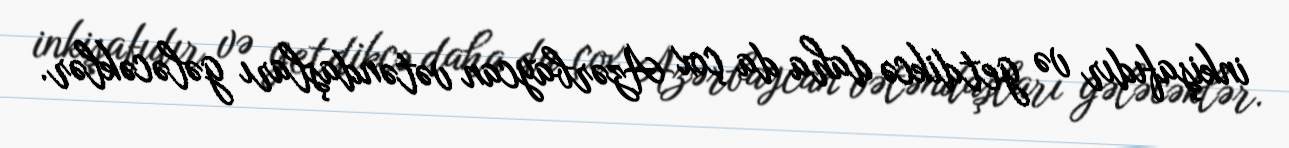
inkişafıdır və getdikcə daha da çox Azərbaycan vətəndaşları gələcəklər.